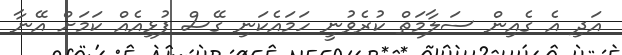
އަދި އެ ގެއިން ސަލާމަތް ކުރެވުނީ ހަމައެކަނި ގޭސް ފުޅިއެއް ކަމަށް އޭނާ